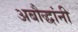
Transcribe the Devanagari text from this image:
अबौद्धांनी